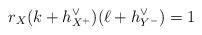
LaTeX: \begin{align*} r_X(k+h^\vee_{X^+})(\ell+h^\vee_{Y^-})=1\end{align*}